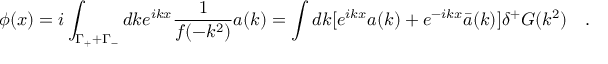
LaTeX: \phi ( x ) = i \int _ { \Gamma _ { + } + \Gamma _ { - } } d k e ^ { i k x } \frac { 1 } { f ( - k ^ { 2 } ) } a ( k ) = \int d k [ e ^ { i k x } a ( k ) + e ^ { - i k x } \bar { a } ( k ) ] \delta ^ { + } G ( k ^ { 2 } ) ~ ~ ~ .